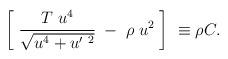
LaTeX: \begin{align*}\left[\; \frac{T \; u^{4}}{\sqrt{u^4+ u^{\prime\ 2} }}\; -\; \rho \; u^2\; \right]\ \equiv \rho C.\end{align*}